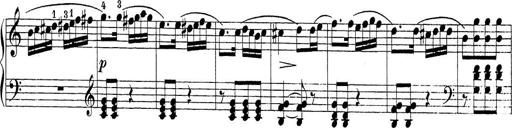
Title: Sonatina Album
Composer: Louis KÃ¶hler